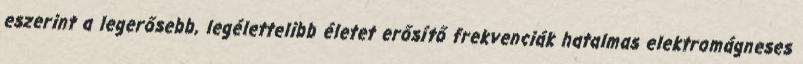
eszerint a legerősebb, legélettelibb életet erősítő frekvenciák hatalmas elektromágneses